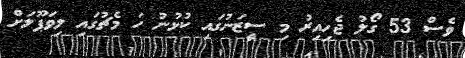
ވެސް 53 ގޯލު ޖެހިއިރު މި ސީޒަނުގައި ކުޅުނު ހަ މެޗުގައި ލިވަޕޫލަށް